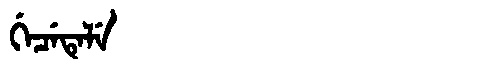
Manchu: ᡤᡝᠴᡝᡨᡝᠯᡝ
Romanization: GECETELE